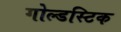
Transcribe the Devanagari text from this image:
गोल्डस्टिक